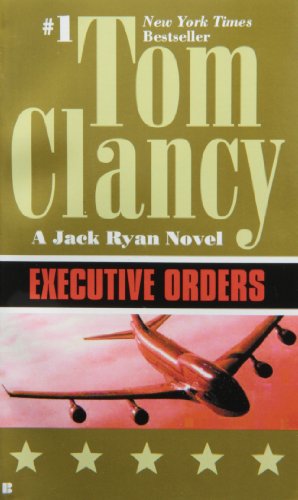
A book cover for Executive Orders (A Jack Ryan Novel); Tom Clancy; Mystery, Thriller & Suspense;